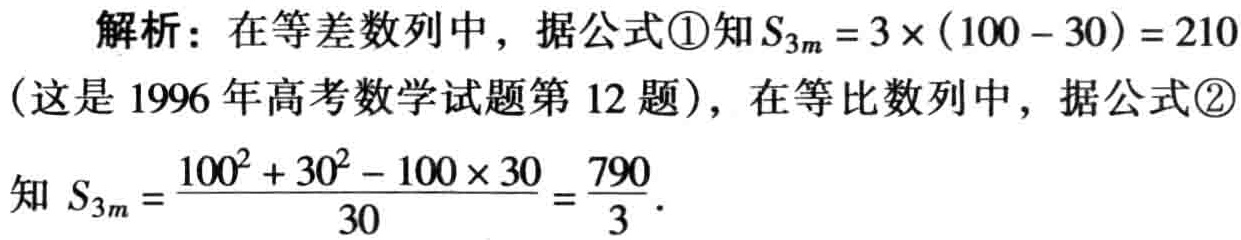
解析：在等差数列中，据公式\textcircled{1}知\(S_{3m}=3\times(100 - 30)=210\)

(这是 1996 年高考数学试题第 12 题)，在等比数列中，据公式\textcircled{2}

知 \(S_{3m}=\frac{100^{2}+30^{2}-100\times30}{30}=\frac{790}{3}\)。